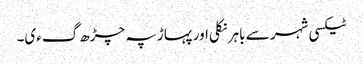
ٹیکسی شہر سے باہر نکلی اور پہاڑ پہ چڑھ گءی۔